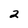
Character: 2